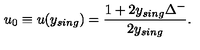
u _ { 0 } \equiv u ( y _ { s i n g } ) = \frac { 1 + 2 y _ { s i n g } \Delta ^ { - } } { 2 y _ { s i n g } } .